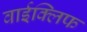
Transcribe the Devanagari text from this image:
वाईक्लिफ